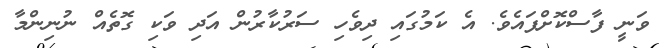
ވަނީ ފާސްކޮށްފައެވެ. އެ ކަމުގައި ދިވެހި ސަރުކާރުން އަދި ވަކި ގޮތެއް ނުނިންމާ